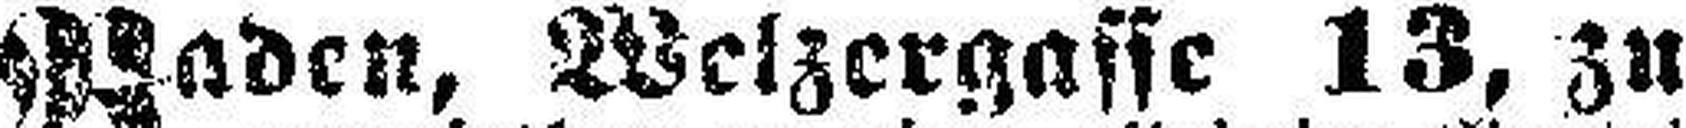
Baden, Welzergasse 13, zu